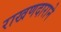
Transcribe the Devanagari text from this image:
राखणदाराने